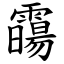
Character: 霷